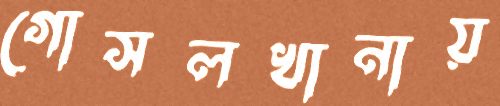
গোসলখানায়